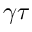
\gamma \tau